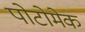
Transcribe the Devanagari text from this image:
पोटोमेक